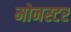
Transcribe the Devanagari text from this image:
मोनस्टर